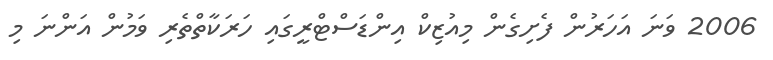
2006 ވަނަ އަހަރުން ފެށިގެން މިއުޒިކް އިންޑަސްޓްރީގައި ހަރަކާތްތެރި ވަމުން އަންނަ މި